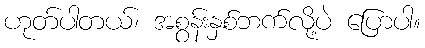
ဟုတ်ပါတယ်၊ အစွန်းနှစ်ဘက်လို့ပဲ ပြောပါ။